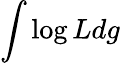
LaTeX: \int\log Ldg